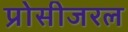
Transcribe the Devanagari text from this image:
प्रोसीजरल